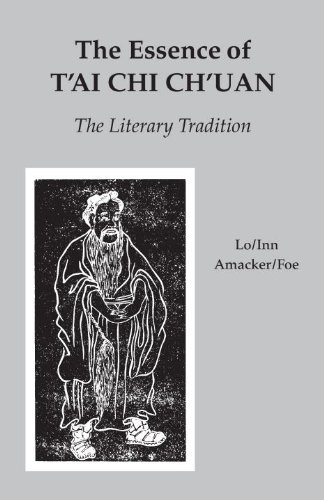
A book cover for The Essence of T'ai Chi Ch'uan: The Literary Tradition; Various; Health, Fitness & Dieting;